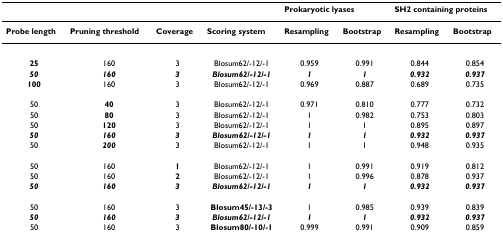
|  |  |  |  | <COLSPAN=2> Prokaryotic lyases | <COLSPAN=2> SH2 containing proteins |
 | --- | --- | --- | --- | --- | --- | --- | --- |
 | Probe length | Pruning threshold | Coverage | Scoring system | Resampling | Bootstrap | Resampling | Bootstrap |
 | 25 | 160 | 3 | Blosum62/-12/-1 | 0.959 | 0.991 | 0.844 | 0.854 |
 | 50 | 160 | 3 | Blosum62/-12/-1 | 1 | 1 | 0.932 | 0.937 |
 | 100 | 160 | 3 | Blosum62/-12/-1 | 0.969 | 0.887 | 0.689 | 0.735 |
 | 50 | 40 | 3 | Blosum62/-12/-1 | 0.971 | 0.810 | 0.777 | 0.732 |
 | 50 | 80 | 3 | Blosum62/-12/-1 | 1 | 0.982 | 0.753 | 0.803 |
 | 50 | 120 | 3 | Blosum62/-12/-1 | 1 | 1 | 0.895 | 0.897 |
 | 50 | 160 | 3 | Blosum62/-12/-1 | 1 | 1 | 0.932 | 0.937 |
 | 50 | 200 | 3 | Blosum62/-12/-1 | 1 | 1 | 0.948 | 0.935 |
 | 50 | 160 | 1 | Blosum62/-12/-1 | 1 | 0.991 | 0.919 | 0.812 |
 | 50 | 160 | 2 | Blosum62/-12/-1 | 1 | 0.996 | 0.878 | 0.937 |
 | 50 | 160 | 3 | Blosum62/-12/-1 | 1 | 1 | 0.932 | 0.937 |
 | 50 | 160 | 3 | Blosum45/-13/-3 | 1 | 0.985 | 0.939 | 0.839 |
 | 50 | 160 | 3 | Blosum62/-12/-1 | 1 | 1 | 0.932 | 0.937 |
 | 50 | 160 | 3 | Blosum80/-10/-1 | 0.999 | 0.991 | 0.909 | 0.859 |